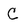
Character: C